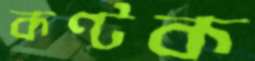
কণ্টক